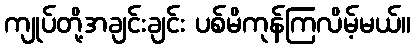
ကျုပ်တို့အချင်းချင်း ပစ်မိကုန်ကြလိမ့်မယ်။